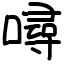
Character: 噚